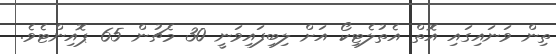
ތިން ވަނައިގައި އޮތް އެތުލެޓިކޯ އަށް ލިބިފައިވަނީ 30 މެޗުން 65 ޕޮއިންޓެވެ.